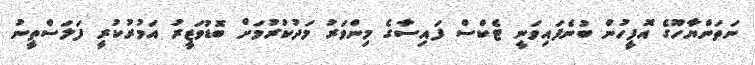
ނަތަންޔާހޫގެ އޮފީހުން ބުނެފައިވަނީ ޓެކްސް ފައިސާގެ މިންވަރު މަދުކުރުމަށް ބޮޑުވަޒީރު އަމުރުކުރީ ފަލަސްތީނު